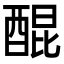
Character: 醌